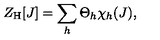
Z _ { \mathrm { H } } [ J ] = \sum _ { h } \Theta _ { h } \chi _ { h } ( J ) ,